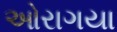
ઓરાગયા